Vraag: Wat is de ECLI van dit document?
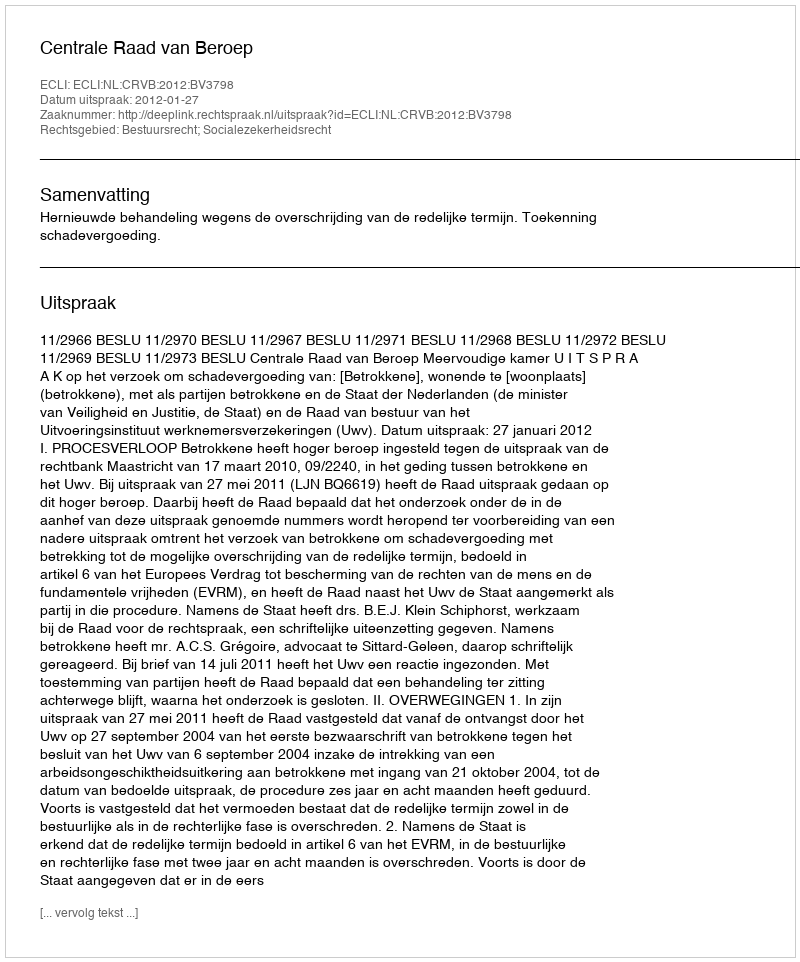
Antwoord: ECLI:NL:CRVB:2012:BV3798